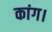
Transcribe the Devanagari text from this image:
कांग।